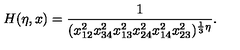
H ( \eta , x ) = \frac { 1 } { ( x _ { 1 2 } ^ { 2 } x _ { 3 4 } ^ { 2 } x _ { 1 3 } ^ { 2 } x _ { 2 4 } ^ { 2 } x _ { 1 4 } ^ { 2 } x _ { 2 3 } ^ { 2 } ) ^ { \frac { 1 } { 3 } \eta } } .